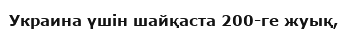
Украина үшін шайқаста 200-ге жуық,